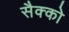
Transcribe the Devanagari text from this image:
सैक्को